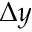
\Delta y